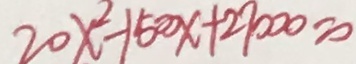
2 0 x ^ { 2 } - 1 5 0 0 x + 2 7 0 0 0 = 0